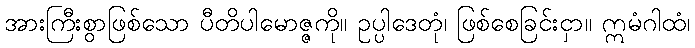
အားကြီးစွာဖြစ်သော ပီတိပါမောဇ္ဇကို။ ဥပ္ပါဒေတုံ၊ ဖြစ်စေခြင်းငှာ။ ဣမံဂါထံ၊